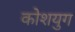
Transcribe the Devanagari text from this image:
कोशयुग